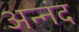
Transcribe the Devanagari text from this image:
अन्नंद